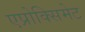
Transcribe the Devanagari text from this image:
एप्रोक्सिमेट